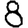
Digit: 8